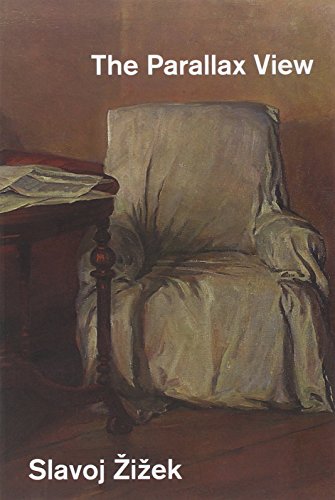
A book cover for The Parallax View (Short Circuits); Slavoj Å½iÅ¾ek; Politics & Social Sciences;